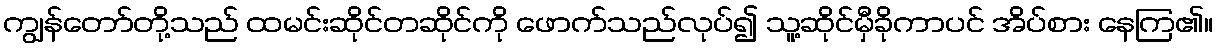
ကျွန်တော်တို့သည် ထမင်းဆိုင်တဆိုင်ကို ဖောက်သည်လုပ်၍ သူ့ဆိုင်မှီခိုကာပင် အိပ်စား နေကြ၏။